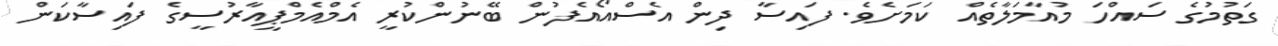
ގަތުމުގެ ސައްހަ މުއާމަލާތެއް ކަމަށެވެ. ފައިސާ ދިން އެސްއޯއެފުން ބޭނުންކުރީ އެމްއެމްޕީއާރުސީގެ ފައިސާކަން